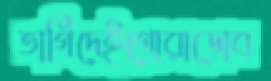
তাগিদেইগোরাডোব